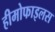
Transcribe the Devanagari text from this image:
हीमोफाइलस